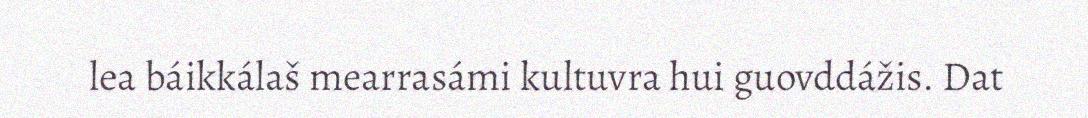
lea báikkálaš mearrasámi kultuvra hui guovddážis. Dat